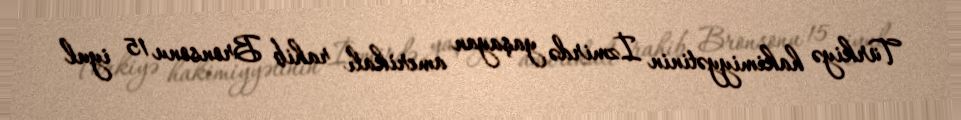
Türkiyə hakimiyyətinin İzmirdə yaşayan amerikalı rahib Bronsonu 15 iyul